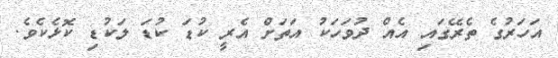
އަހަރުގެ ތެރޭގައި އެއް ދުވަހަކު އަތަށް އެރީ ކުޑަ ކުޑަ ލަކުޑި ކޮޅެކެވެ.